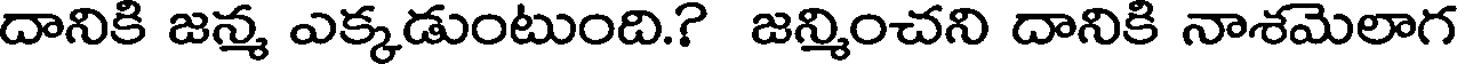
దానికి జన్మ ఎక్కడుంటుంది.? జన్మించని దానికి నాశమెలాగ